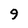
Character: 9